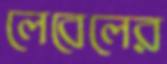
লেবেলের